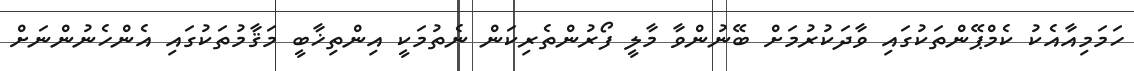
ހަމަމިއާއެކު ކެމްޕޭންތަކުގައި ވާދަކުރުމަށް ބޭނުންވާ މާލީ ފޯރުންތެރިކަން ނެތުމަކީ އިންތިޚާބީ މަޤާމުތަކުގައި އެންހެނުންނަށް